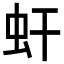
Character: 虷